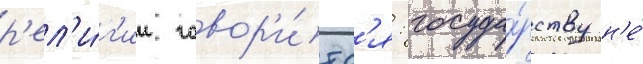
р'ел'и́г'ии говор'и́тс'я: госуда́рству н'е́